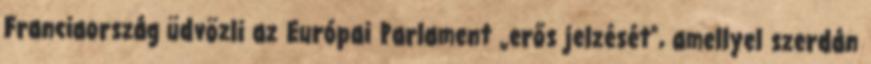
Franciaország üdvözli az Európai Parlament „erős jelzését”, amellyel szerdán